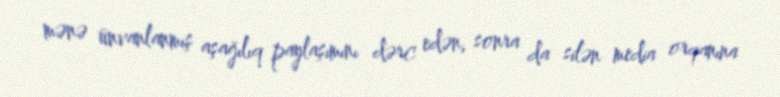
mənə ünvanlanmış aşağılıq paylaşımını dərc edən, sonra da silən media orqanına